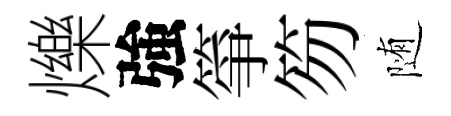
爍強箏笏随